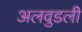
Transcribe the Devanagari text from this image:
अलवुडली